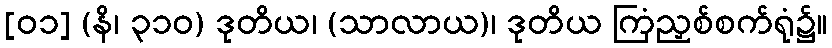
[၀၁] (နိ၊ ၃၁၀) ဒုတိယ၊ (သာလာယ)၊ ဒုတိယ ကြံညှစ်စက်ရုံ၌။